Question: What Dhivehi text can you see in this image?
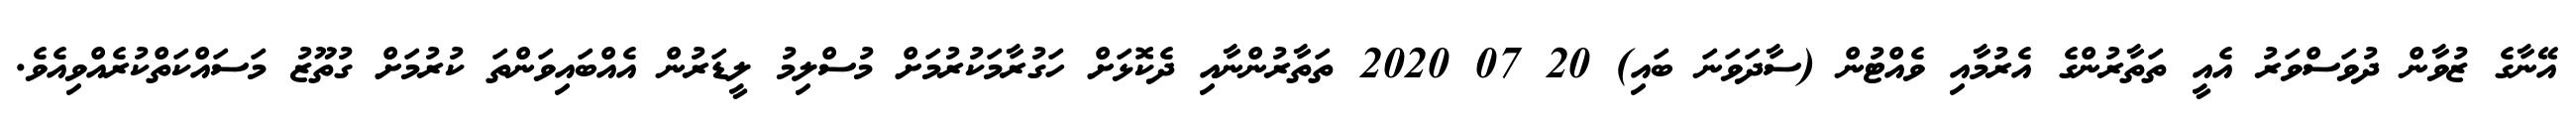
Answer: އޭނާގެ ޒުވާން ދުވަސްވަރު އެއީ ތަތާރުންގެ އެރުމާއި ވެއްޓުން (ސާދަވަނަ ބައި) 20 07 2020 ތަތާރުންނާއި ދެކޮޅަށް ހަގުރާމަކުރުމަށް މުސްލިމު ލީޑަރުން އެއްބައިވަންތަ ކުރުމަށް ގުތޫޒު މަސައްކަތްކުރެއްވިއެވެ.